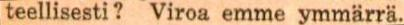
teellisesti ? Viroa emme ymmärrä.